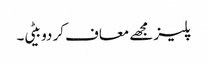
پلیز مجھے معاف کر دو بیٹی۔